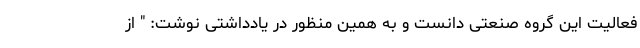
فعالیت این گروه صنعتی دانست و به همین منظور در یادداشتی نوشت: " از